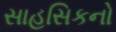
સાહસિકનો